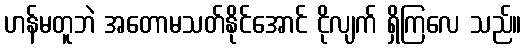
ဟန်မတူဘဲ အတောမသတ်နိုင်အောင် ငိုလျက် ရှိကြလေ သည်။